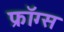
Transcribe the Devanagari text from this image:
फ्रॉग्स